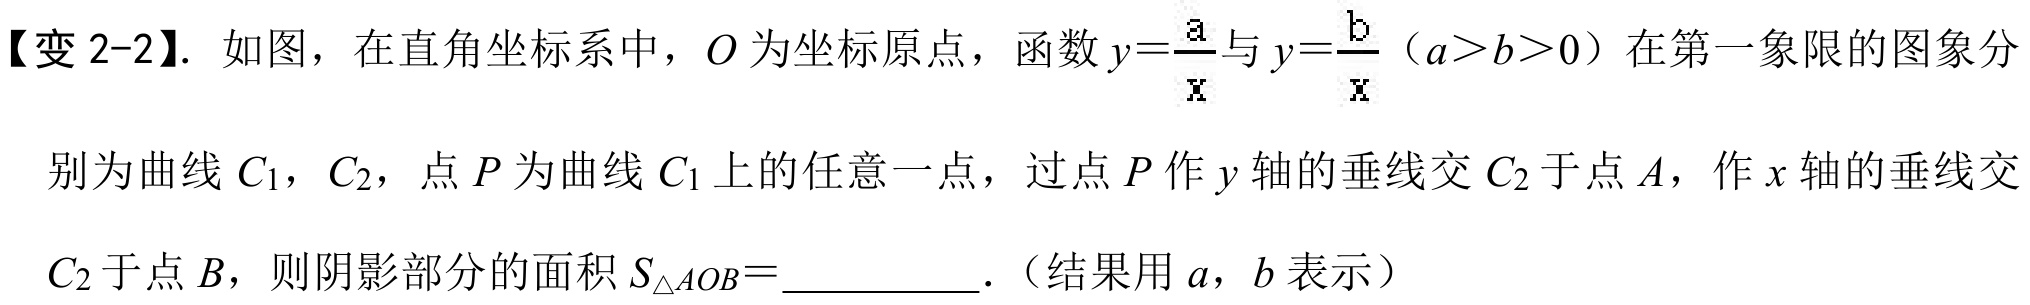
【变 2-2】. 如图，在直角坐标系中，\(O\) 为坐标原点，函数 \(y = \frac{a}{x}\)与 \(y=\frac{b}{x}\)（\(a > b > 0\)）在第一象限的图象分别为曲线 \(C_{1}\)，\(C_{2}\)，点 \(P\) 为曲线 \(C_{1}\) 上的任意一点，过点 \(P\) 作 \(y\) 轴的垂线交 \(C_{2}\) 于点 \(A\)，作 \(x\) 轴的垂线交 \(C_{2}\) 于点 \(B\)，则阴影部分的面积 \(S_{\triangle AOB}=\)__________.（结果用 \(a\)，\(b\) 表示）